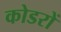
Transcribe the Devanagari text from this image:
कोडरों